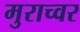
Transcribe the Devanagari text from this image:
मुराच्वर